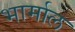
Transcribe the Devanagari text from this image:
भार्माल